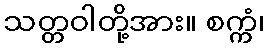
သတ္တဝါတို့အား။ စက္ကံ၊